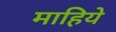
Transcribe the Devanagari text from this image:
माहिये